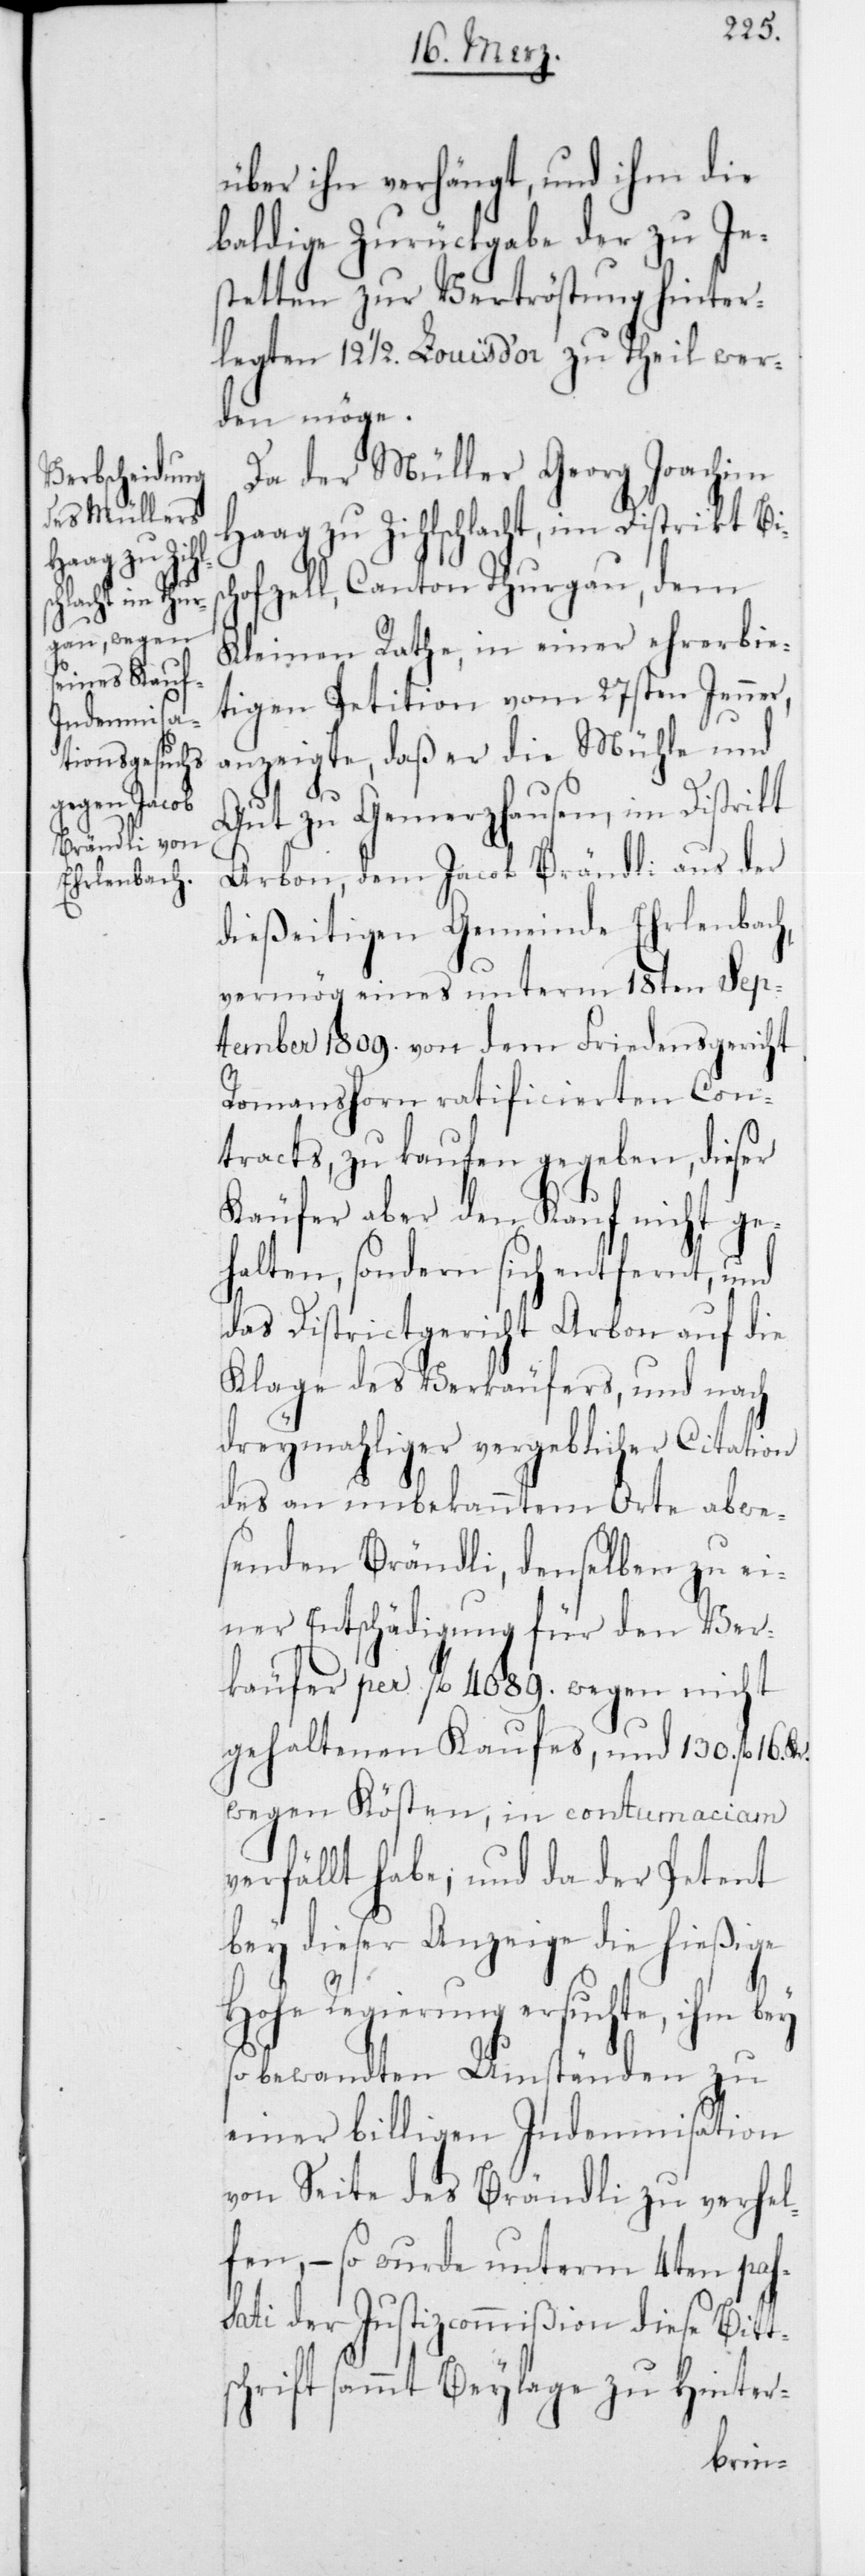
sch¬

über ihn verhängt, und ihm die
baldige Zurückgabe der zu Je¬
stetten zur Vertröstung hinter¬
legten 12 1/2 Louis d’or zu theil wer¬
den möge.
Da der Müller Georg Joachim
Haag zu Zihlschlacht, im Distrikt Bi¬
ofzell, Canton Thurgau, dem
Kleinen Rathe in einer ehrerbie¬
tigen Petition vom 27sten Jenner,
anzeigte, daß er die Mühle und
Gut zu Gemerzhausen, im Distrikt
Arbon, dem Jacob Brändli aus der
dießeitigen Gemeinde Ehrlenbach,
vermög eines unterm 18ten Sep¬
tember 1809 von dem Friedensgericht
Romanshorn ratificierten Con¬
tracts, zu kaufen gegeben, dieser
Käufer aber den Kauf nicht ge¬
halten, sondern sich entfernt, und
das Districtgericht Arbon auf die
Klage des Verkäufers, und nach
dreymahliger vergeblicher Citation
des an unbekanntem Orte abwe¬
senden Brändli, denselben zu ei¬
ner Entschädigung für den Ver¬
käufer per fl. 4089 wegen nicht
gehaltenen Kaufes, und 130 fl.
wegen Kösten, in contumaciam
verfällt habe; und da der Petent
bey dieser Anzeige die hießige
Hohe Regierung ersuchte, ihm bey
so bewandten Umständen zu
einer billigen Indemnisation
von Seite des Brändli zu verhel¬
fen, – so wurde unterm 4ten pas¬
sati der Justizcommißion diese Bitt¬
schrift sammt Beylage zu Hinter-